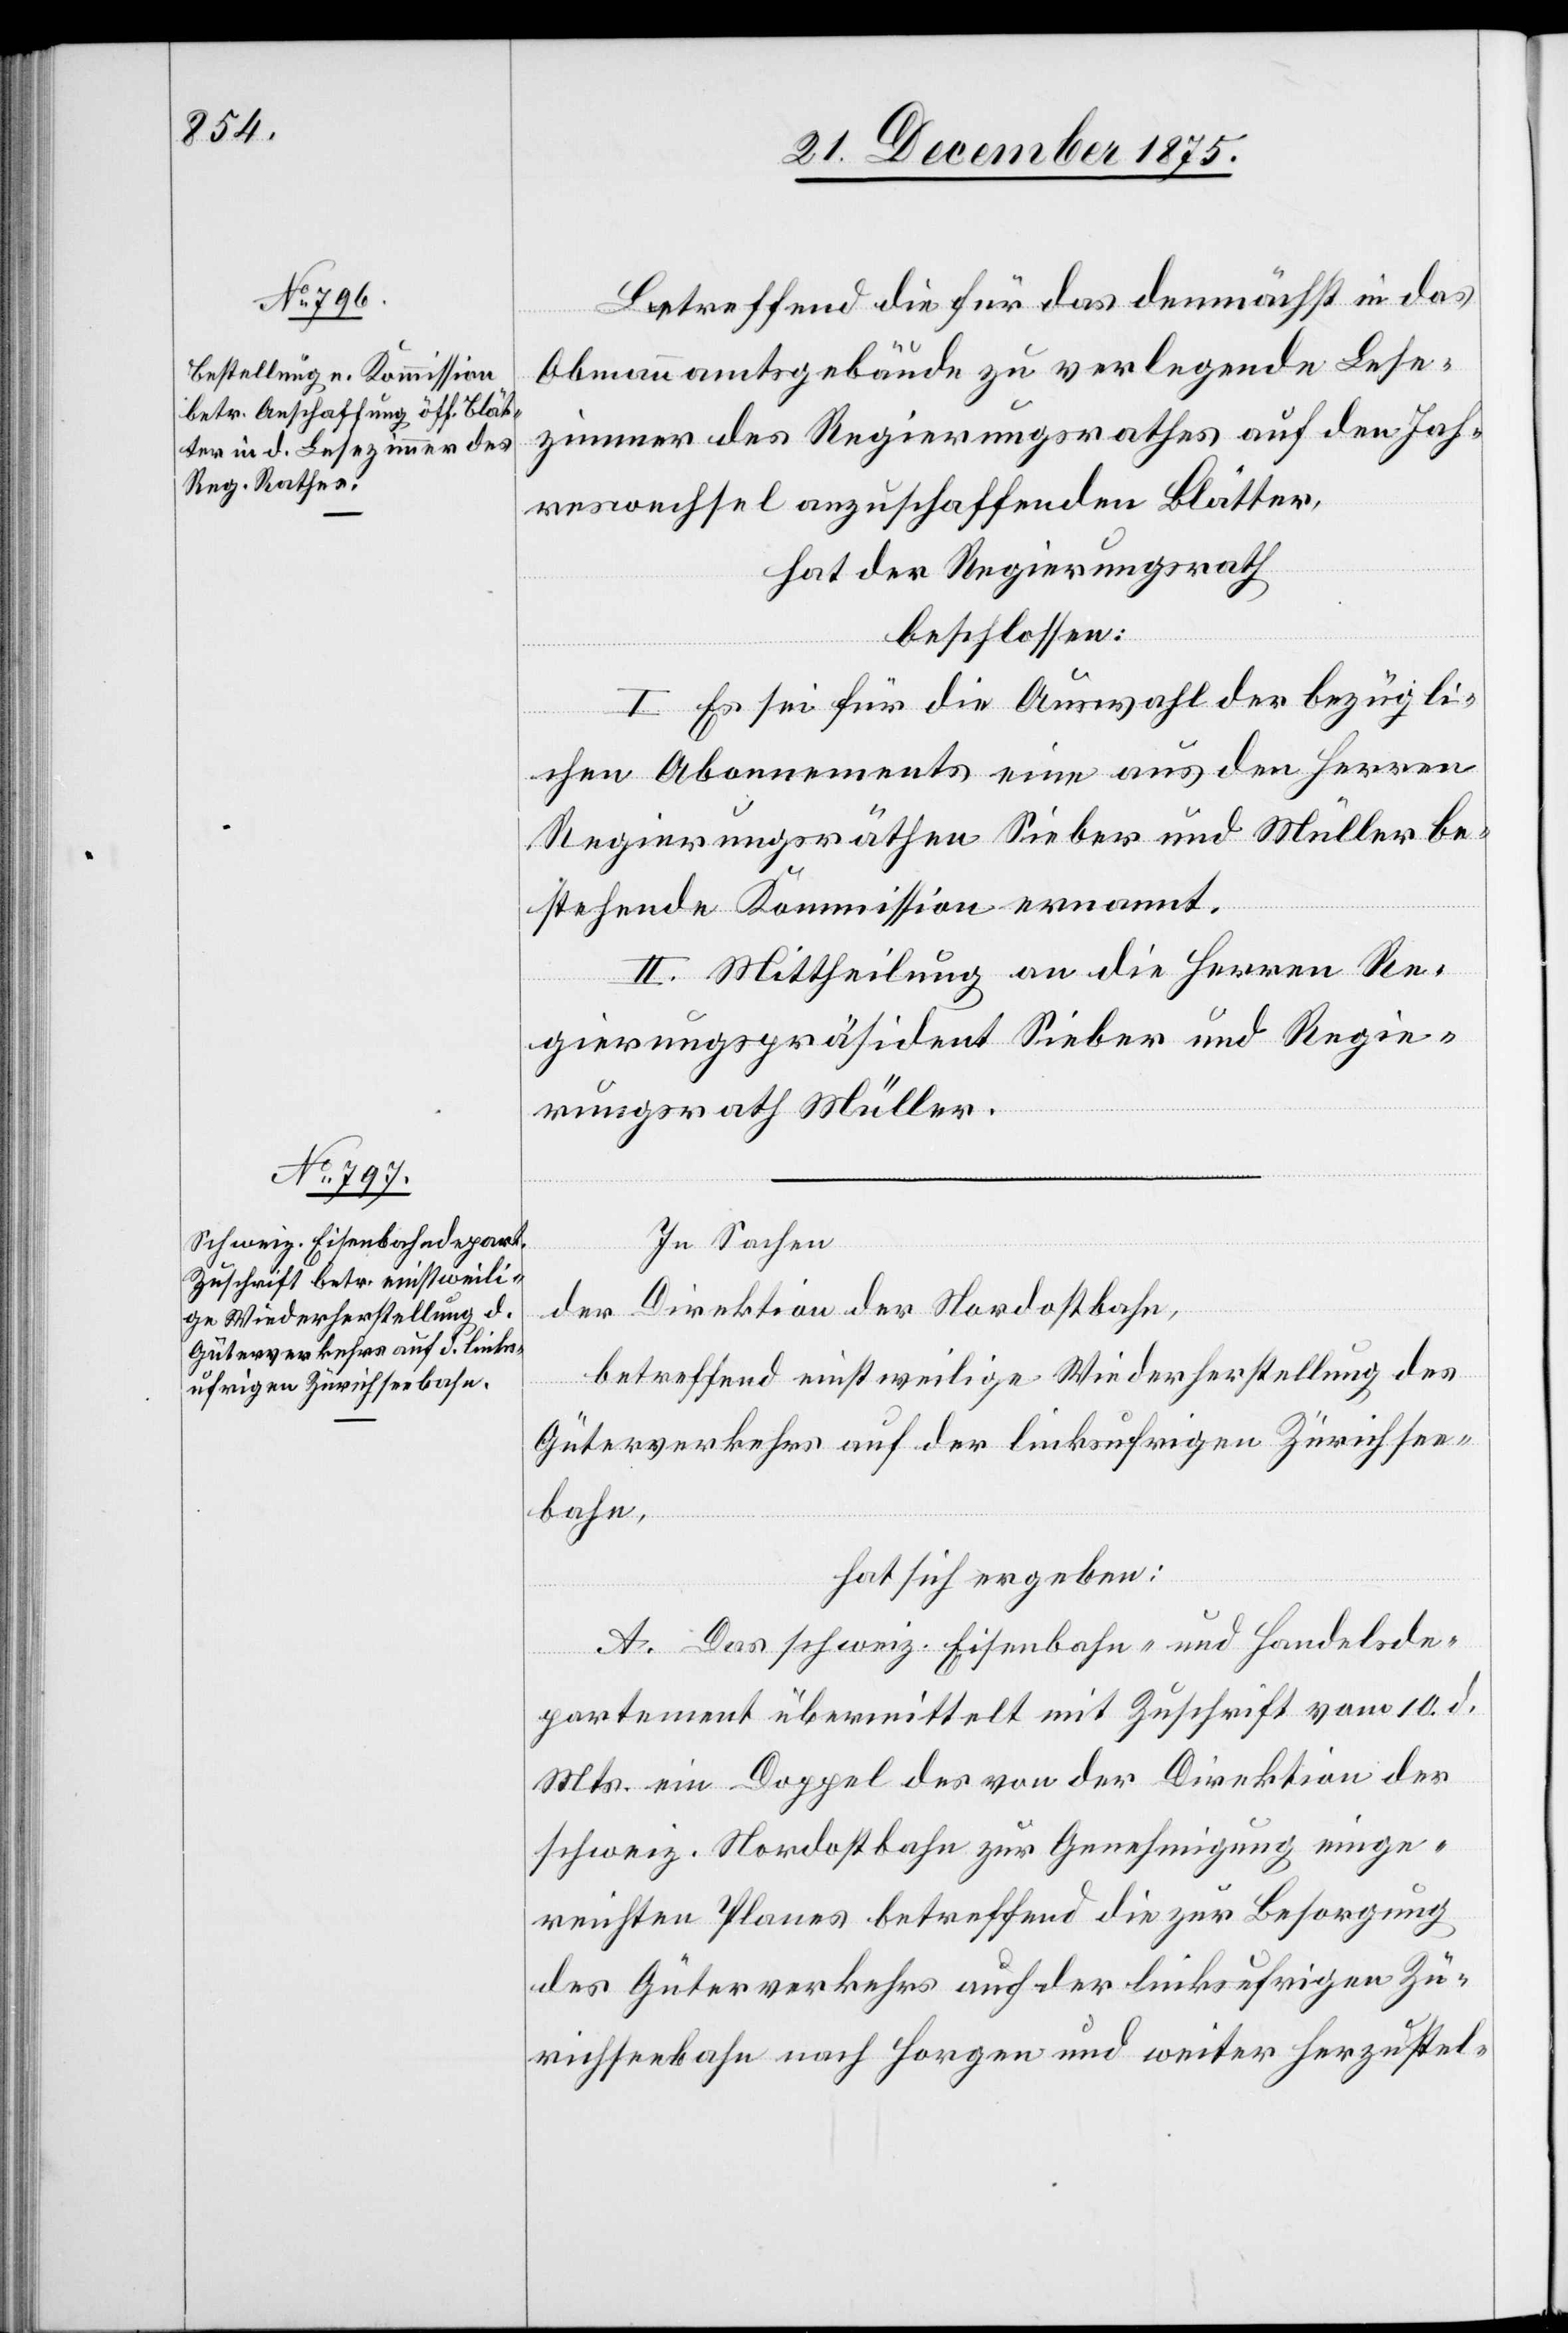
Betreffend die für das demnächst in das
Obmannamtsgebäude zu verlegende Lese¬
zimmer des Regierungsrathes auf den Jah¬
reswechsel anzuschaffenden Blätter,
hat der Regierungsrath
beschlossen:
I. Es sei für die Auswahl der bezügli¬
chen Abonnements eine aus den Herren
Regierungsräthen Sieber und Müller be¬
stehende Kommission ernannt.
II. Mittheilung an die Herren Re¬
gierungspräsident Sieber und Regie¬
rungsrath Müller.
In Sachen
der Direktion der Nordostbahn,
betreffend einstweilige Wiederherstellung des
Güterverkehrs auf der linksufrigen Zürichsee¬
bahn,
hat sich ergeben:
A. Das schweiz. Eisenbahn- und Handelsde¬
partement übermittelt mit Zuschrift vom 10. d.
Mts. ein Doppel des von der Direktion der
schweiz. Nordostbahn zur Genehmigung einge¬
reichten Planes betreffend die zur Besorgung
des Güterverkehrs auf der linksufrigen Zü¬
richseebahn nach Horgen und weiter herzustel-